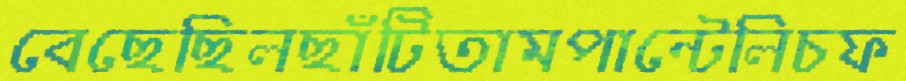
বেছেছিলছাঁটিতামপান্টেলিচফ